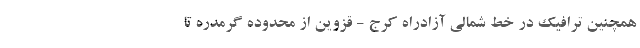
همچنین ترافیک در خط شمالی آزادراه کرج - قزوین از محدوده گرمدره تا